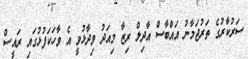
ސަރުކާރުގެ ތަރުޖަމާނު އައްބާސް އާދިލް ރިޒާ މިއަދު ވިދާޅުވީ އެ ވާހަކަފުޅުގައި ރައީސް